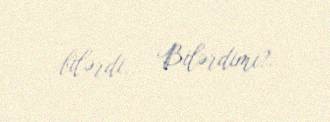
bilərdi... Bilərdimi?.